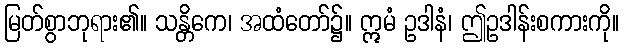
မြတ်စွာဘုရား၏။ သန္တိကေ၊ အထံတော်၌။ ဣမံ ဥဒါနံ၊ ဤဥဒါန်းစကားကို။